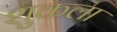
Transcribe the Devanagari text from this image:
शुकला